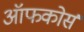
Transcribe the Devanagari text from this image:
ऑफकोर्स